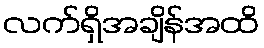
လက်ရှိအချိန်အထိ